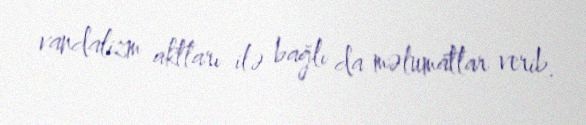
vandalizm aktları ilə bağlı da məlumatlar verib.